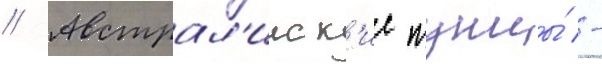
// Австрал'ииск'ие тунцы́ -